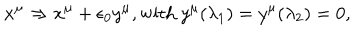
LaTeX: x ^ { \mu } \Rightarrow x ^ { \mu } + \epsilon _ { 0 } y ^ { \mu } , \mathrm { w i t h } ~ y ^ { \mu } ( \lambda _ { 1 } ) = y ^ { \mu } ( \lambda _ { 2 } ) = 0 ,